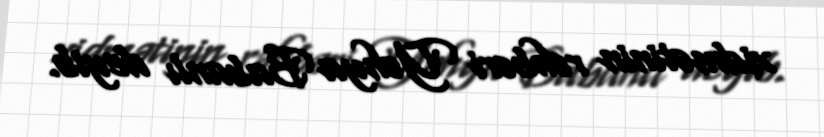
xidmətinin rəhbəri Yəhya Babanlı deyib.